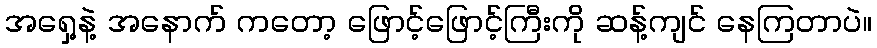
အရှေ့နဲ့ အနောက် ကတော့ ဖြောင့်ဖြောင့်ကြီးကို ဆန့်ကျင် နေကြတာပဲ။